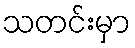
သတင်းမှာ